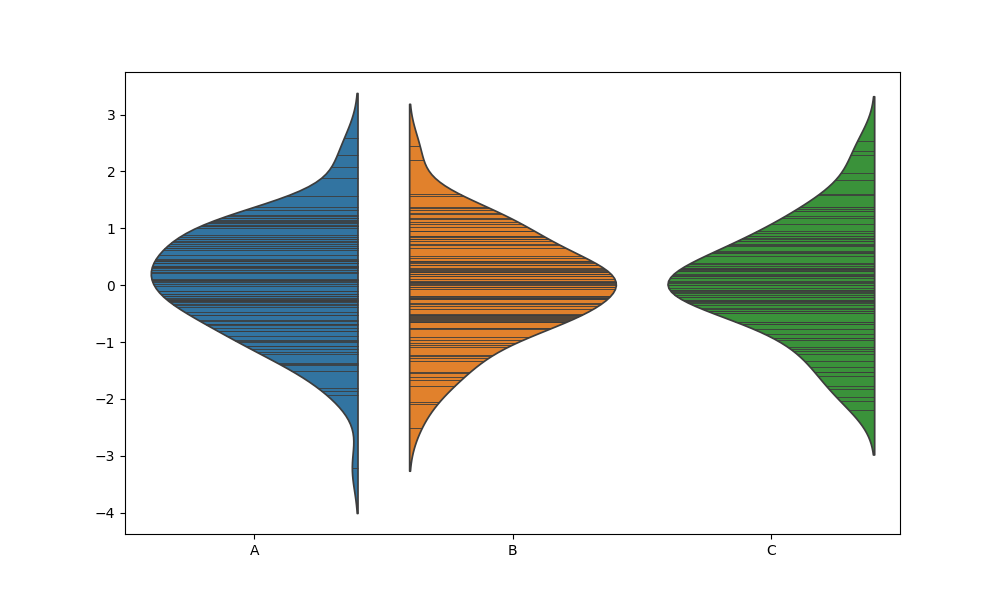
python, seaborn, violinplot, scale='count', split='True', inner='stick', fill='True'